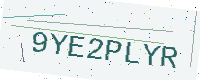
Text: 9YE2PLYR